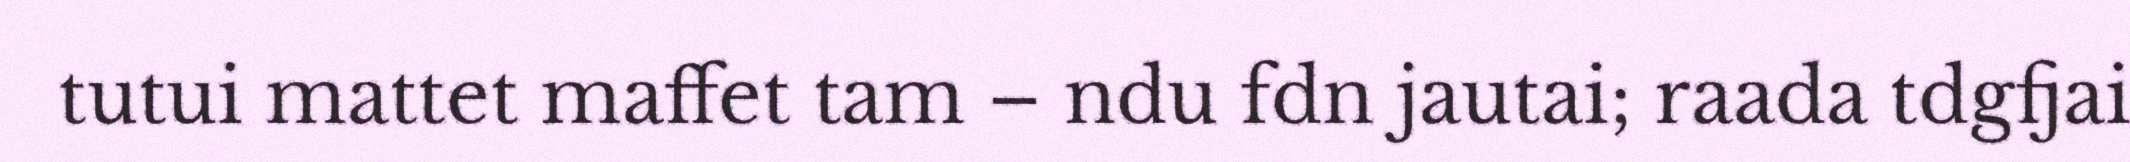
tutui mattet maffet tam – ndu fdn jautai; raada tdgfjai